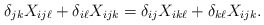
\begin{align*} \delta_{jk}X_{ij\ell} + \delta_{i\ell}X_{ijk} = \delta_{ij}X_{ik\ell} + \delta_{k\ell}X_{ijk}.\end{align*}